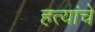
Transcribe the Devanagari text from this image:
हत्यांचे